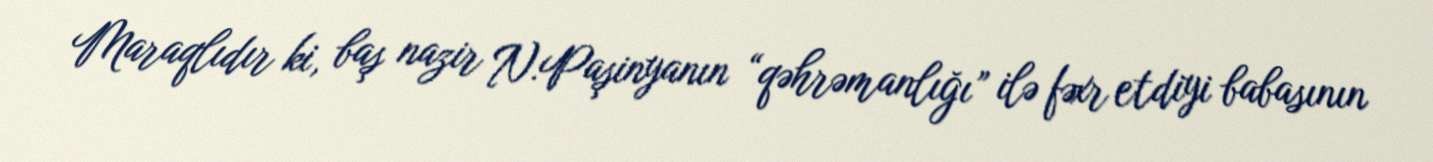
Maraqlıdır ki, baş nazir N.Paşinyanın “qəhrəmanlığı” ilə fəxr etdiyi babasının